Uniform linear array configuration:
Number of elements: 24
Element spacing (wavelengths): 1
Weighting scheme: blackman
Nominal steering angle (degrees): -45
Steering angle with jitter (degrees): -44.513
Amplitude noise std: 0.05
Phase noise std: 0.05

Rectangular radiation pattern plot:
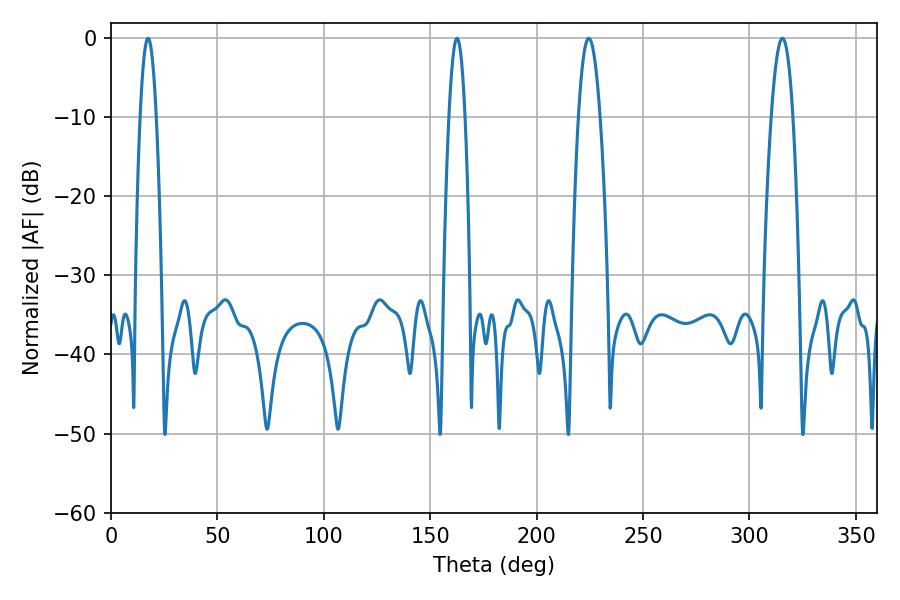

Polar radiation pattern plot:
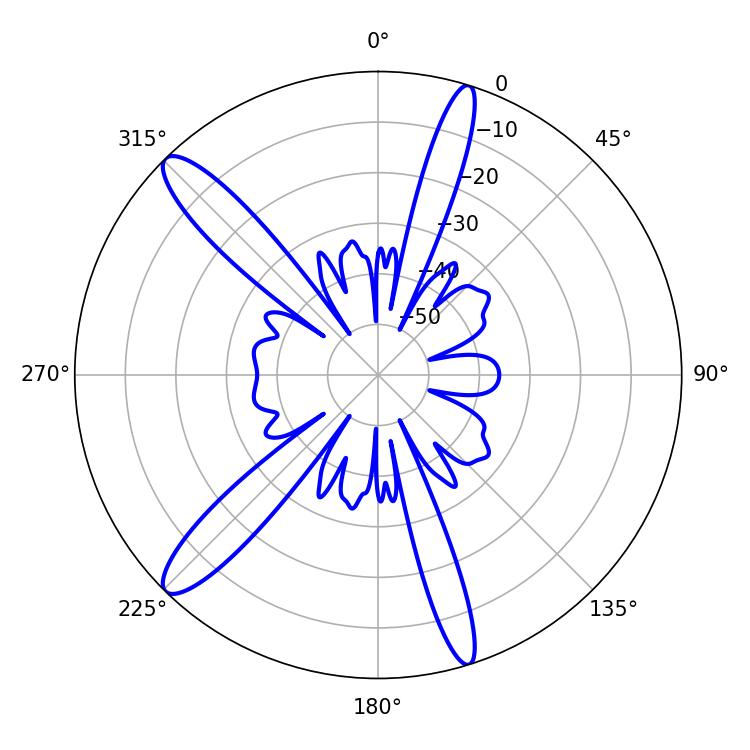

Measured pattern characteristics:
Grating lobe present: TRUE
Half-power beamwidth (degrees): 5.58
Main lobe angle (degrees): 224.46